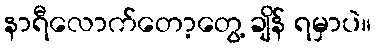
နာရီလောက်တော့တွေ့ ချိန် ရမှာပဲ။